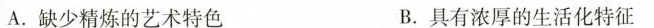
A.缺少精炼的艺术特色 B.具有浓厚的生活化特征